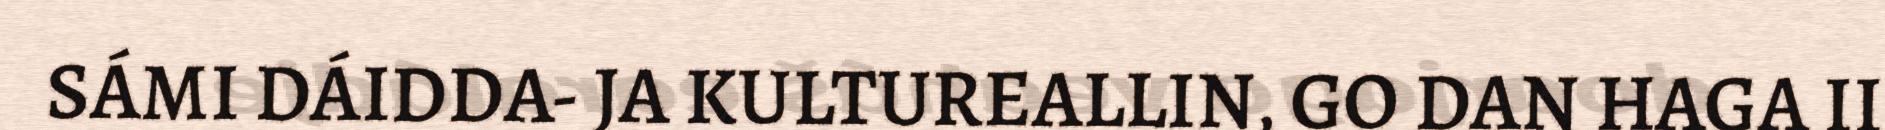
SÁMI DÁIDDA- JA KULTUREALLIN, GO DAN HAGA II